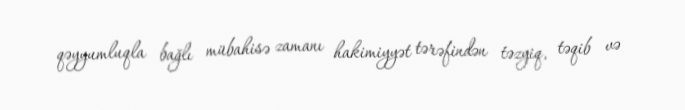
qəyyumluqla bağlı mübahisə zamanı hakimiyyət tərəfindən təzyiq, təqib və